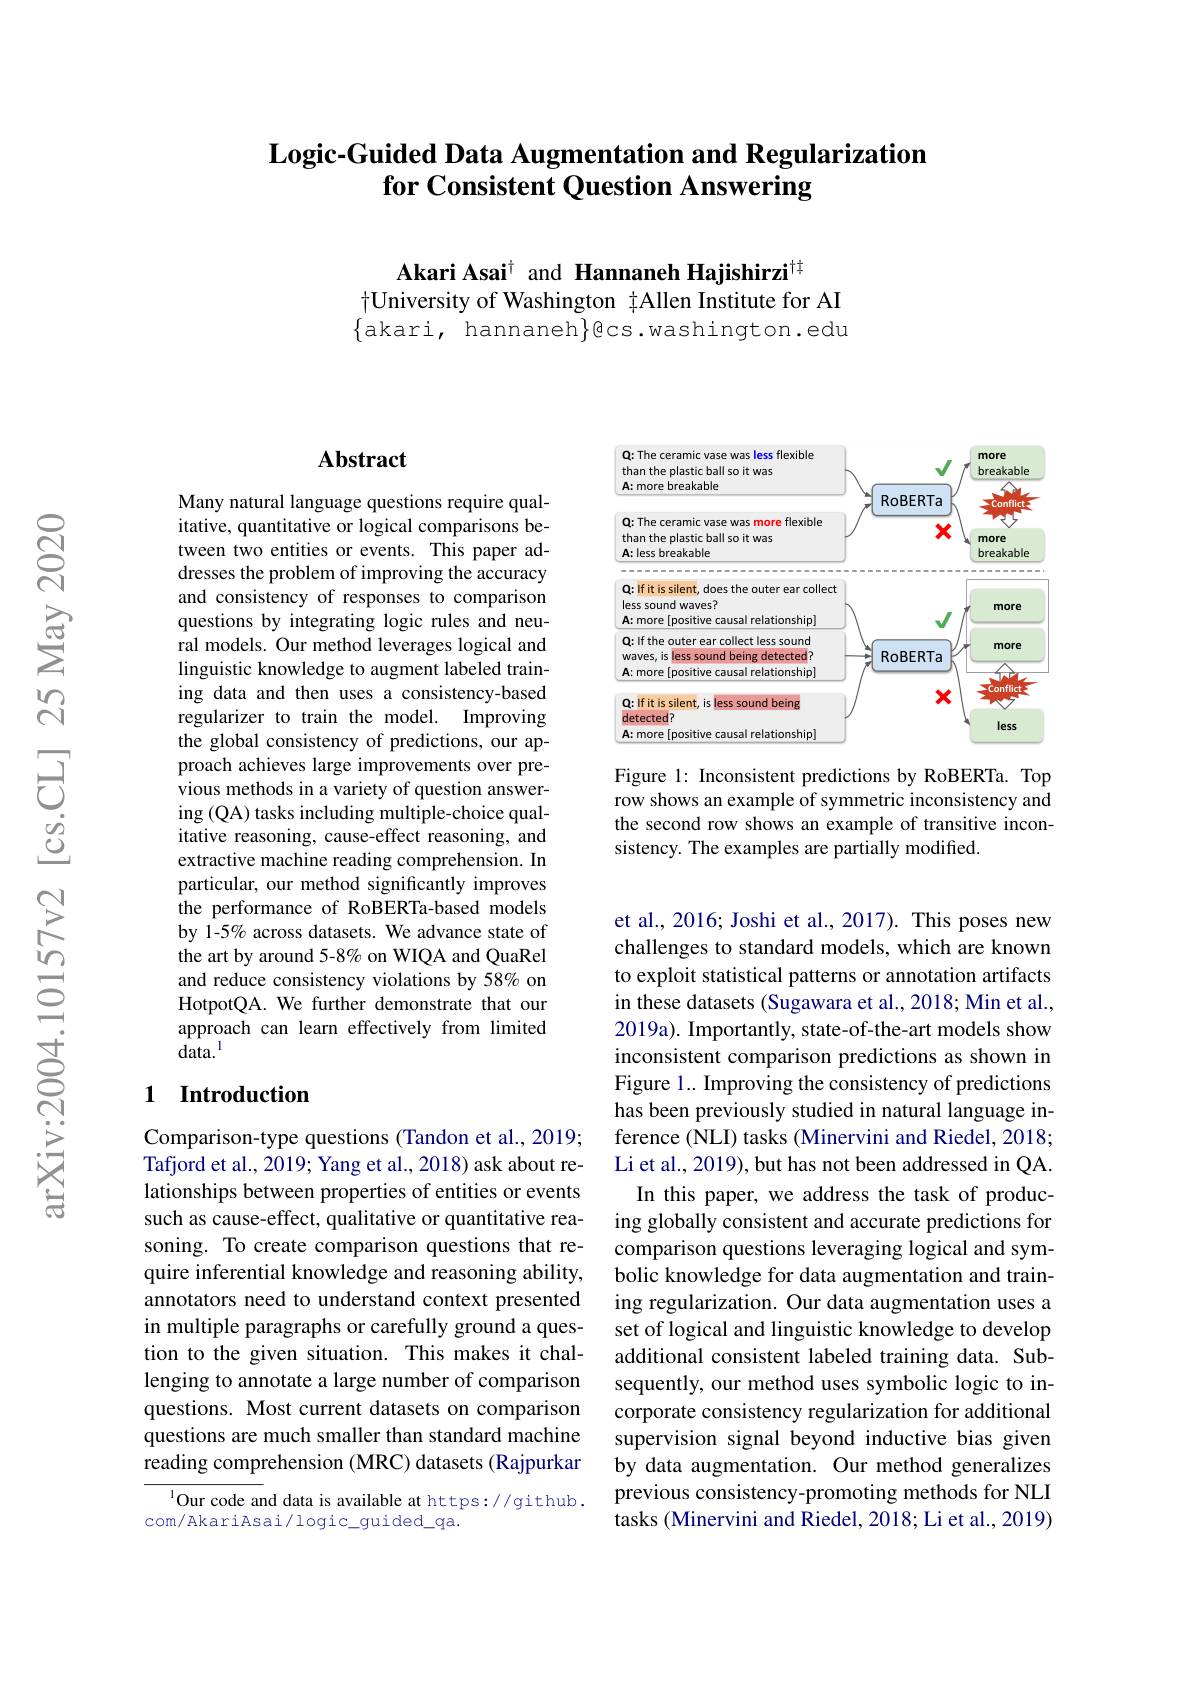
## Logic-Guided Data Augmentation and Regularization for Consistent Question Answering

Akari Asait and Hannaneh Hajishirzi$^{[\mathrm{t}]}$
$\dagger$University of Washington $\ddagger$Allen Institute for AI $\{$akari, hannaneh$\}$ecs.washington.edu

### $\mathbf{Abstract}$

Many natural language questions require qualitative, quantitative or logical comparisons between two entities or events. This paper addresses the problem of improving the accuracy and consistency of responses to comparison questions by integrating logic rules and neural models. Our method leverages logical and linguistic knowledge to augment labeled training data and then uses a consistency-based regularizer to train the model. Improving the global consistency of predictions, our approach achieves large improvements over previous methods in a variety of question answering (QA) tasks including multiple-choice qualitative reasoning, cause-effect reasoning, and extractive machine reading comprehension. In particular, our method significantly improves the performance of RoBERTa-based models by 1-5% across datasets. We advance state of the art by around 5-8% on WIQA and QuaRel and reduce consistency violations by 58% on HotpotQA. We further demonstrate that our approach can learn effectively from limited $data.^{\mathrm{l}}$

### 1 Introduction

Comparison-type questions (Tandon et al., 2019; Tafjord et al., 2019; Yang et al., 2018) ask about relationships between properties of entities or events such as cause-effect, qualitative or quantitative reasoning. To create comparison questions that require inferential knowledge and reasoning ability, annotators need to understand context presented in multiple paragraphs or carefully ground a question to the given situation. This makes it challenging to annotate a large number of comparison questions. Most current datasets on comparison questions are much smaller than standard machine reading comprehension (MRC) datasets (Rajpurkar

${^{1}\text{Our code and data is available at https://github.}}$
com/AkariAsai/logic\_guided\_qa.

<FigureHere>

Figure 1: Inconsistent predictions by RoBERTa. Top row shows an example of symmetric inconsistency and the second row shows an example of transitive inconsistency. The examples are partially modified.

et al., 2016; Joshi et al., 2017). This poses new challenges to standard models, which are known to exploit statistical patterns or annotation artifacts in these datasets (Sugawara et al., 2018; Min et al., 2019a). Importantly, state-of-the-art models show inconsistent comparison predictions as shown in Figure 1... Improving the consistency of predictions has been previously studied in natural language inference (NLI) tasks (Minervini and Riedel, 2018; Li et al., 2019), but has not been addressed in QA.

In this paper, we address the task of producing globally consistent and accurate predictions for comparison questions leveraging logical and symbolic knowledge for data augmentation and training regularization. Our data augmentation uses a set of logical and linguistic knowledge to develop additional consistent labeled training data. Subsequently, our method uses symbolic logic to incorporate consistency regularization for additional supervision signal beyond inductive bias given by data augmentation. Our method generalizes previous consistency-promoting methods for NLI tasks (Minervini and Riedel, 2018; Li et al., 2019)